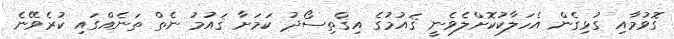
ގޮވުމާއި ގުޅިގެން އެހަލާކުކޮށްލެވެނީ ޤައުމުގެ އިޤްތިސޯދު ކަމަށާ ޤައުމު ނެތް ތަނެއްގައި ކުރެވޭނެ